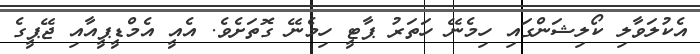
އެކުލަވާލި ކޯލިޝަންގައި ހިމެނޭ ހަތަރު ޕާޓީ ހިމެނޭ ގޮތަށެވެ. އެއީ އެމްޑީޕީއާއި ޖޭޕީގެ